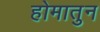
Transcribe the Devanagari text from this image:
होमातुन